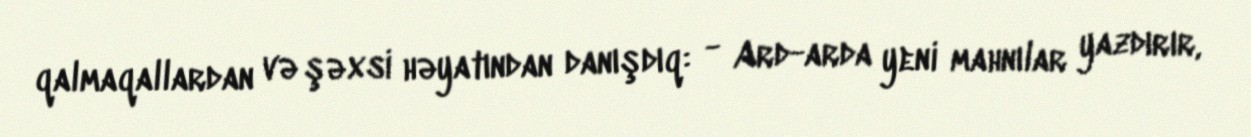
qalmaqallardan və şəxsi həyatından danışdıq: - Ard-arda yeni mahnılar yazdırır,